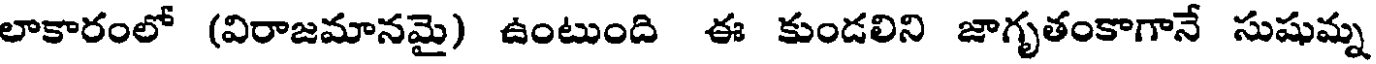
లాకారంలో (విరాజమానమై) ఉంటుంది ఈ కుండలిని జాగృతంకాగానే సుషుమ్న